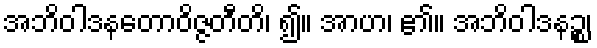
အဘိဝါဒနတောဝိဇ္ဇတီတိ၊ ၍။ အာဟ၊ ၏။ အဘိဝါဒနဉ္စ၊